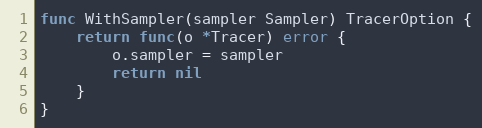
Language: Go
func WithSampler(sampler Sampler) TracerOption {
	return func(o *Tracer) error {
		o.sampler = sampler
		return nil
	}
}